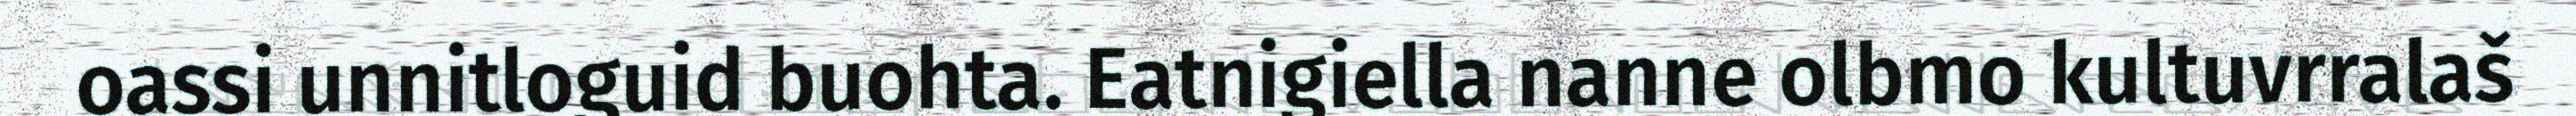
oassi unnitloguid buohta. Eatnigiella nanne olbmo kultuvrralaš